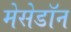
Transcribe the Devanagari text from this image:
मेसेडॉन